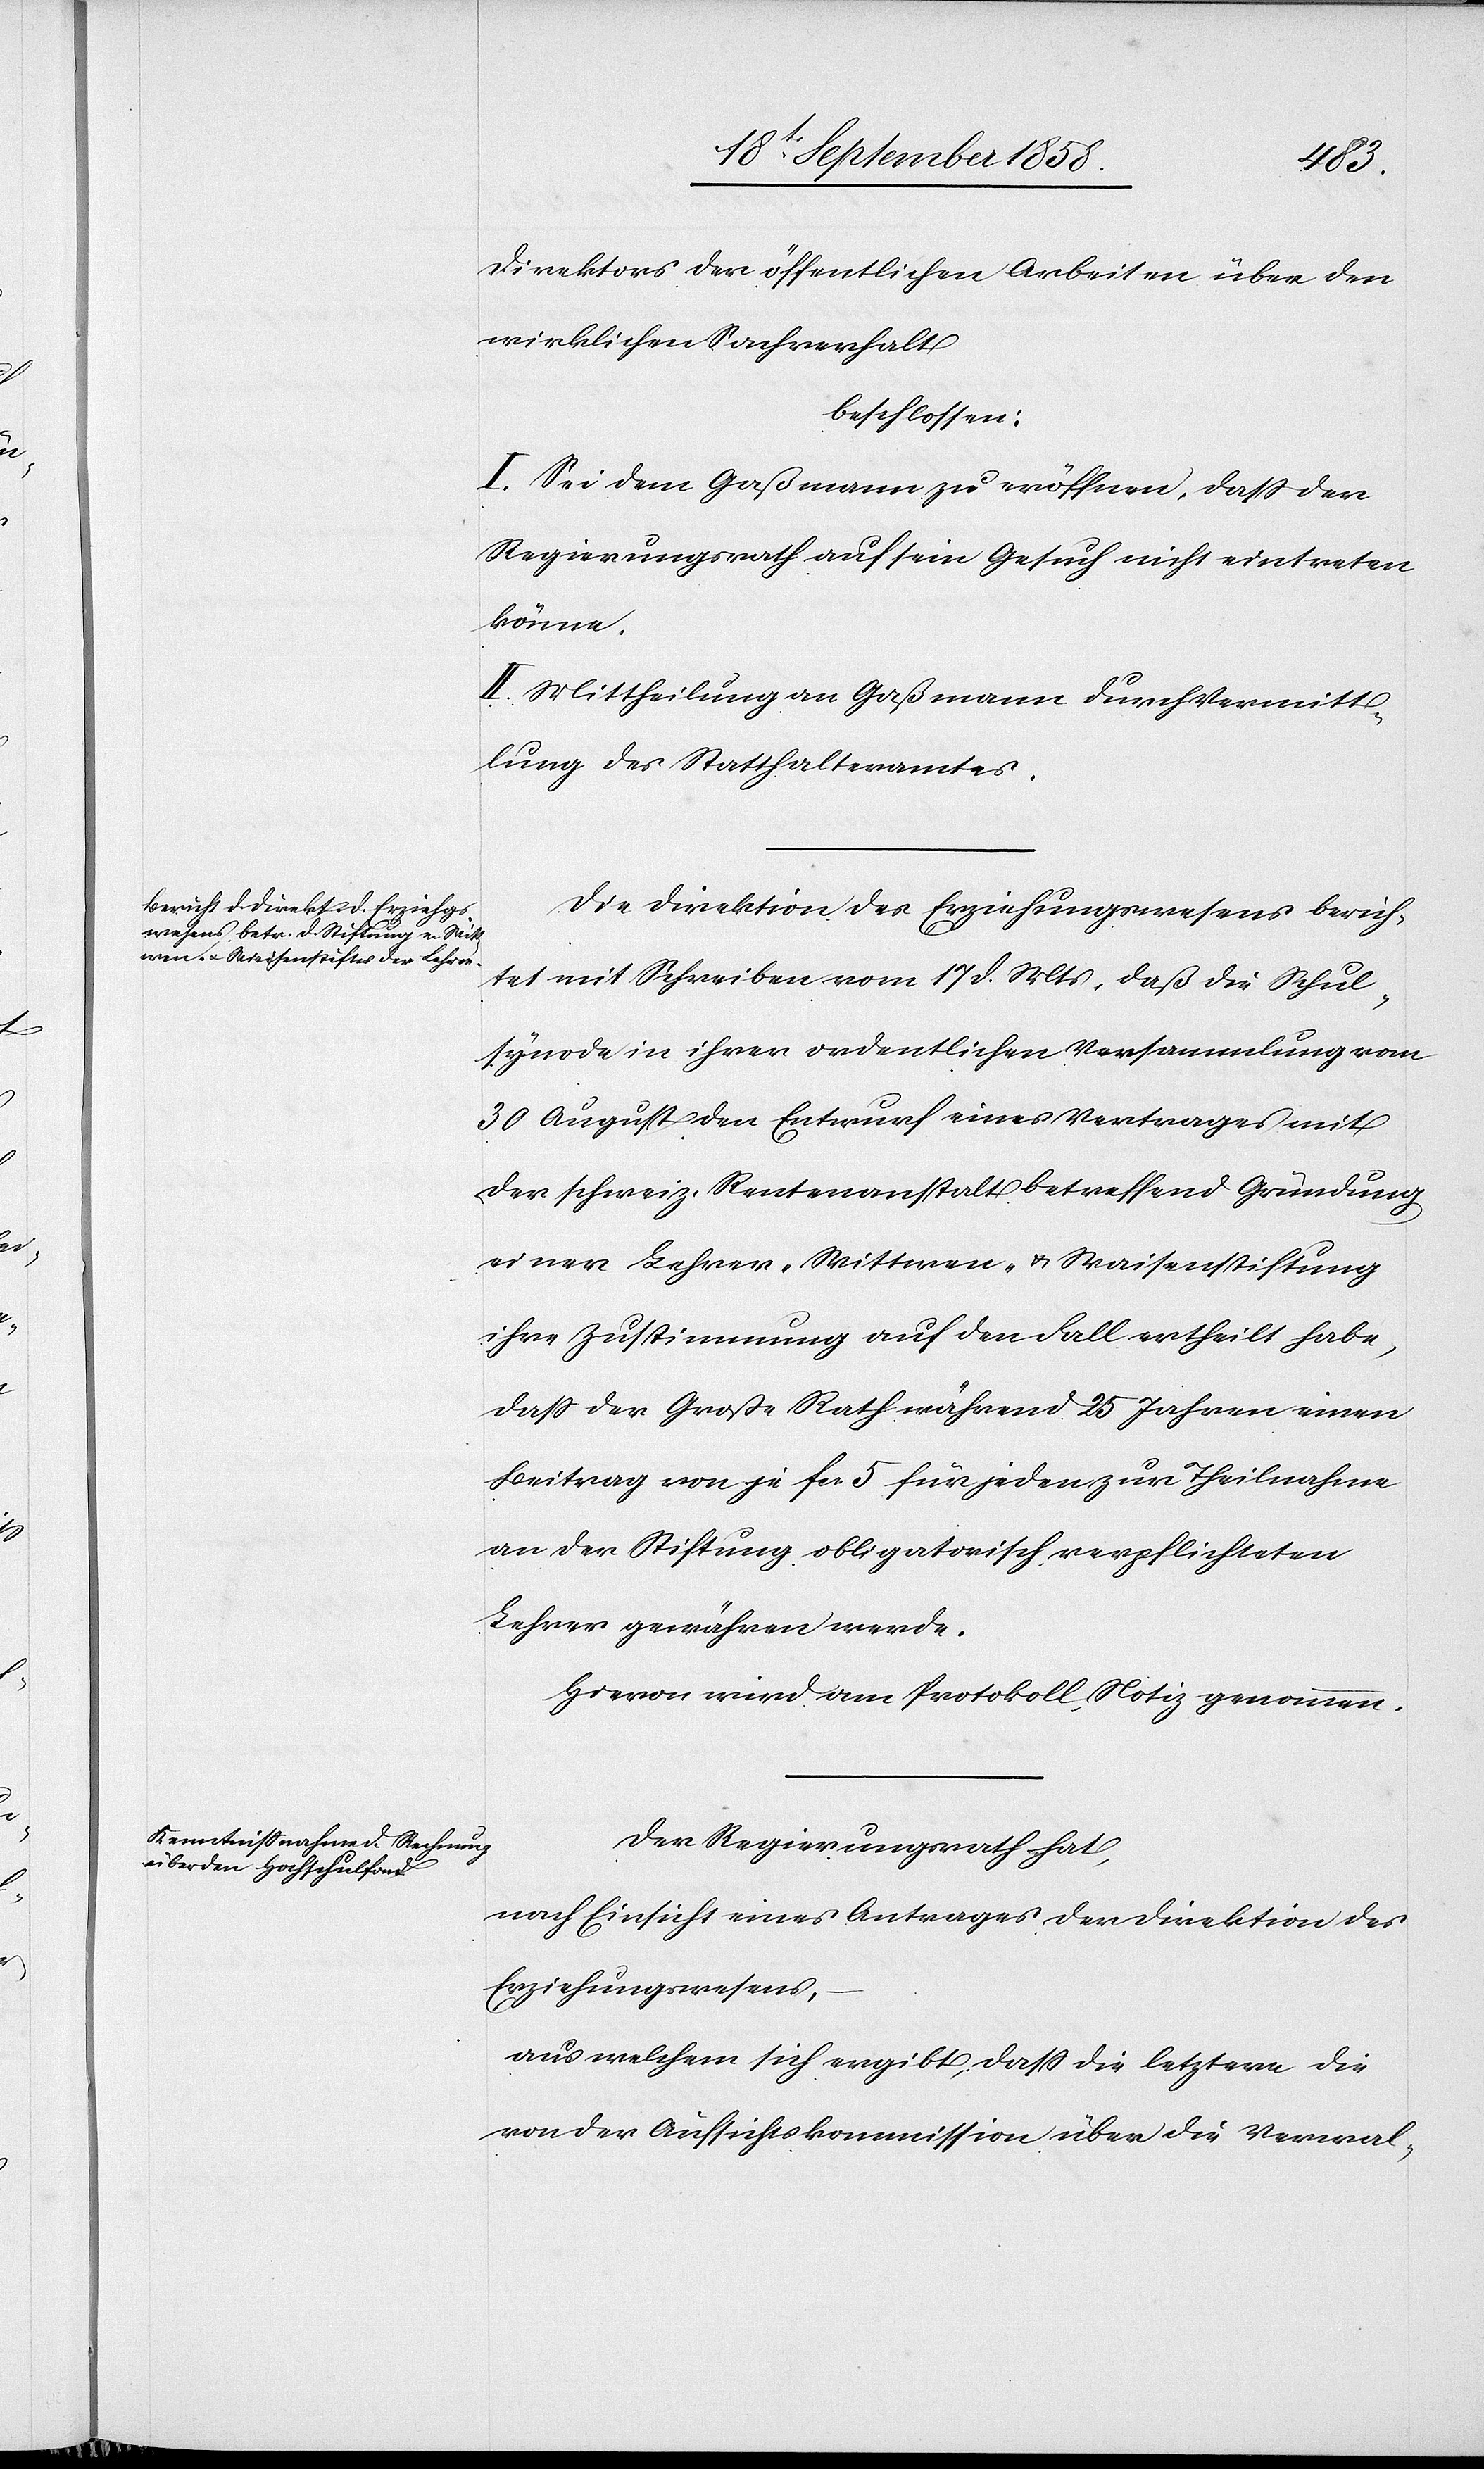
Direktors der öffentlichen Arbeiten über den
wirklichen Sachverhalt
beschlossen:
I. Sei dem Gaßmann zu eröffnen, dass der
Regierungsrath auf sein Gesuch nicht eintreten
könne.
II. Mittheilung an Gaßmann durch Vermitt¬
lung des Statthalteramtes.
Die Direktion des Erziehungswesens berich¬
tet mit Schreiben vom 17 d. Mts, daß die Schul¬
synode in ihrer ordentlichen Versammlung vom
30 August dem Entwurf eines Vertrages mit
der schweiz. Rentenanstalt betreffend Gründung
einer Lehrer-[,] Wittwen- & Waisenstiftung
ihre Zustimmung auf den Fall ertheilt habe,
dass der Große Rath während 25 Jahren einen
Beitrag von je fcs. 5 für jeden zur Theilnahme
an der Stiftung obligatorisch verpflichteten
Lehrer gewähren werde.
Hievon wird am Protokoll Notiz genommen.
Der Regierungsrath hat,
nach Einsicht eines Antrages der Direktion des
Erziehungswesens,
aus welchem sich ergibt, daß die letztere die
von der Aufsichtskommission über die Verwal-